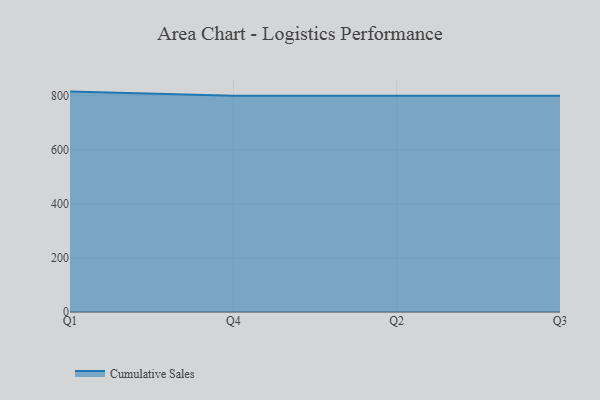
{"axis": {"x": "Quarter", "y": "Bounce Rate (%)"}, "legend": ["Cumulative Sales"], "data": [{"x": "Q1", "y": 815.1, "type": "Cumulative Sales"}, {"x": "Q4", "y": 800, "type": "Cumulative Sales"}, {"x": "Q2", "y": 800, "type": "Cumulative Sales"}, {"x": "Q3", "y": 800, "type": "Cumulative Sales"}]}